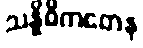
သန္နိဓိကတေန